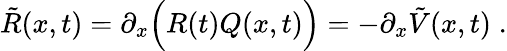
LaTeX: \tilde{R}(x,t)=\partial_{x}\Big(R(t)Q(x,t)\Big)=-\partial_{x}\tilde{V}(x,t)\; .